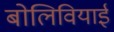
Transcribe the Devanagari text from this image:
बोलिवियाई